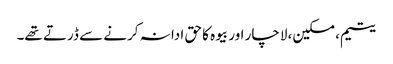
یتیم، مسکین، لاچار اور بیوہ کا حق ادا نہ کرنے سے ڈرتے تھے۔